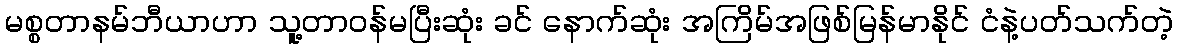
မစ္စတာနမ်ဘီယာဟာ သူ့တာဝန်မပြီးဆုံး ခင် နောက်ဆုံး အကြိမ်အဖြစ်မြန်မာနိုင် ငံနဲ့ပတ်သက်တဲ့